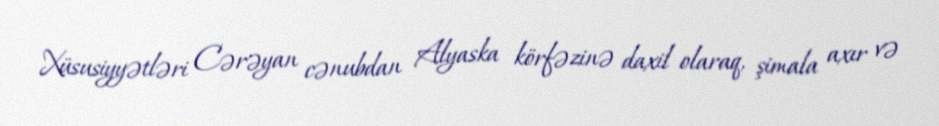
Xüsusiyyətləri Cərəyan cənubdan Alyaska körfəzinə daxil olaraq, şimala axır və